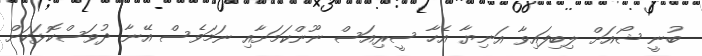
ބުނީ ޝޯއަށް ލިބިފައިވާ އަނިޔާ އެހާ ސީރިއަސް ނޫންކަމަށާއި ނަމަވެސް އޭނާ ދުވަސްކޮޅަކަށް